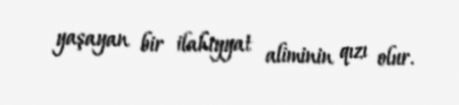
yaşayan bir ilahiyyat aliminin qızı olur.